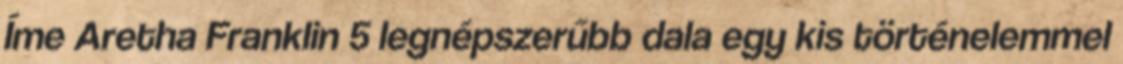
Íme Aretha Franklin 5 legnépszerűbb dala egy kis történelemmel